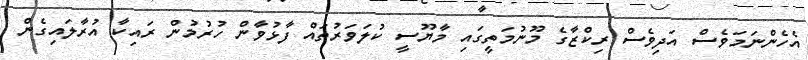
އެހެންނަމަވެސް އަދިވެސް ރިކްޒާގެ މޫނުމަތީގައި މާޔޫސީ ކުލަވަރުތައް ފާޅުވާން ހުރުމުން ރައިކާ އުރާލައިގެން